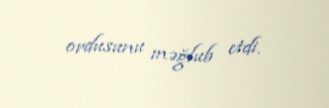
ordusunu məğlub etdi.